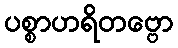
ပစ္စာဟရိတဗ္ဗော